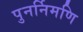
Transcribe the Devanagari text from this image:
पुनर्निमणि